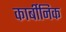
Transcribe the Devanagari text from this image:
कार्बीनिक